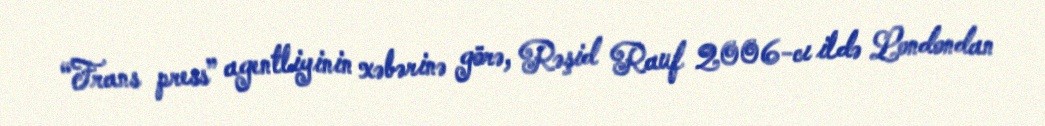
“Frans press” agentliyinin xəbərinə görə, Rəşid Rauf 2006-cı ildə Londondan